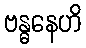
ဗန္ဓနေဟိ